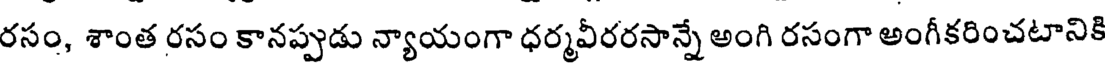
రసం, శాంత రసం కానప్పుడు న్యాయంగా ధర్మవీరరసాన్నే అంగి రసంగా అంగీకరించటానికి